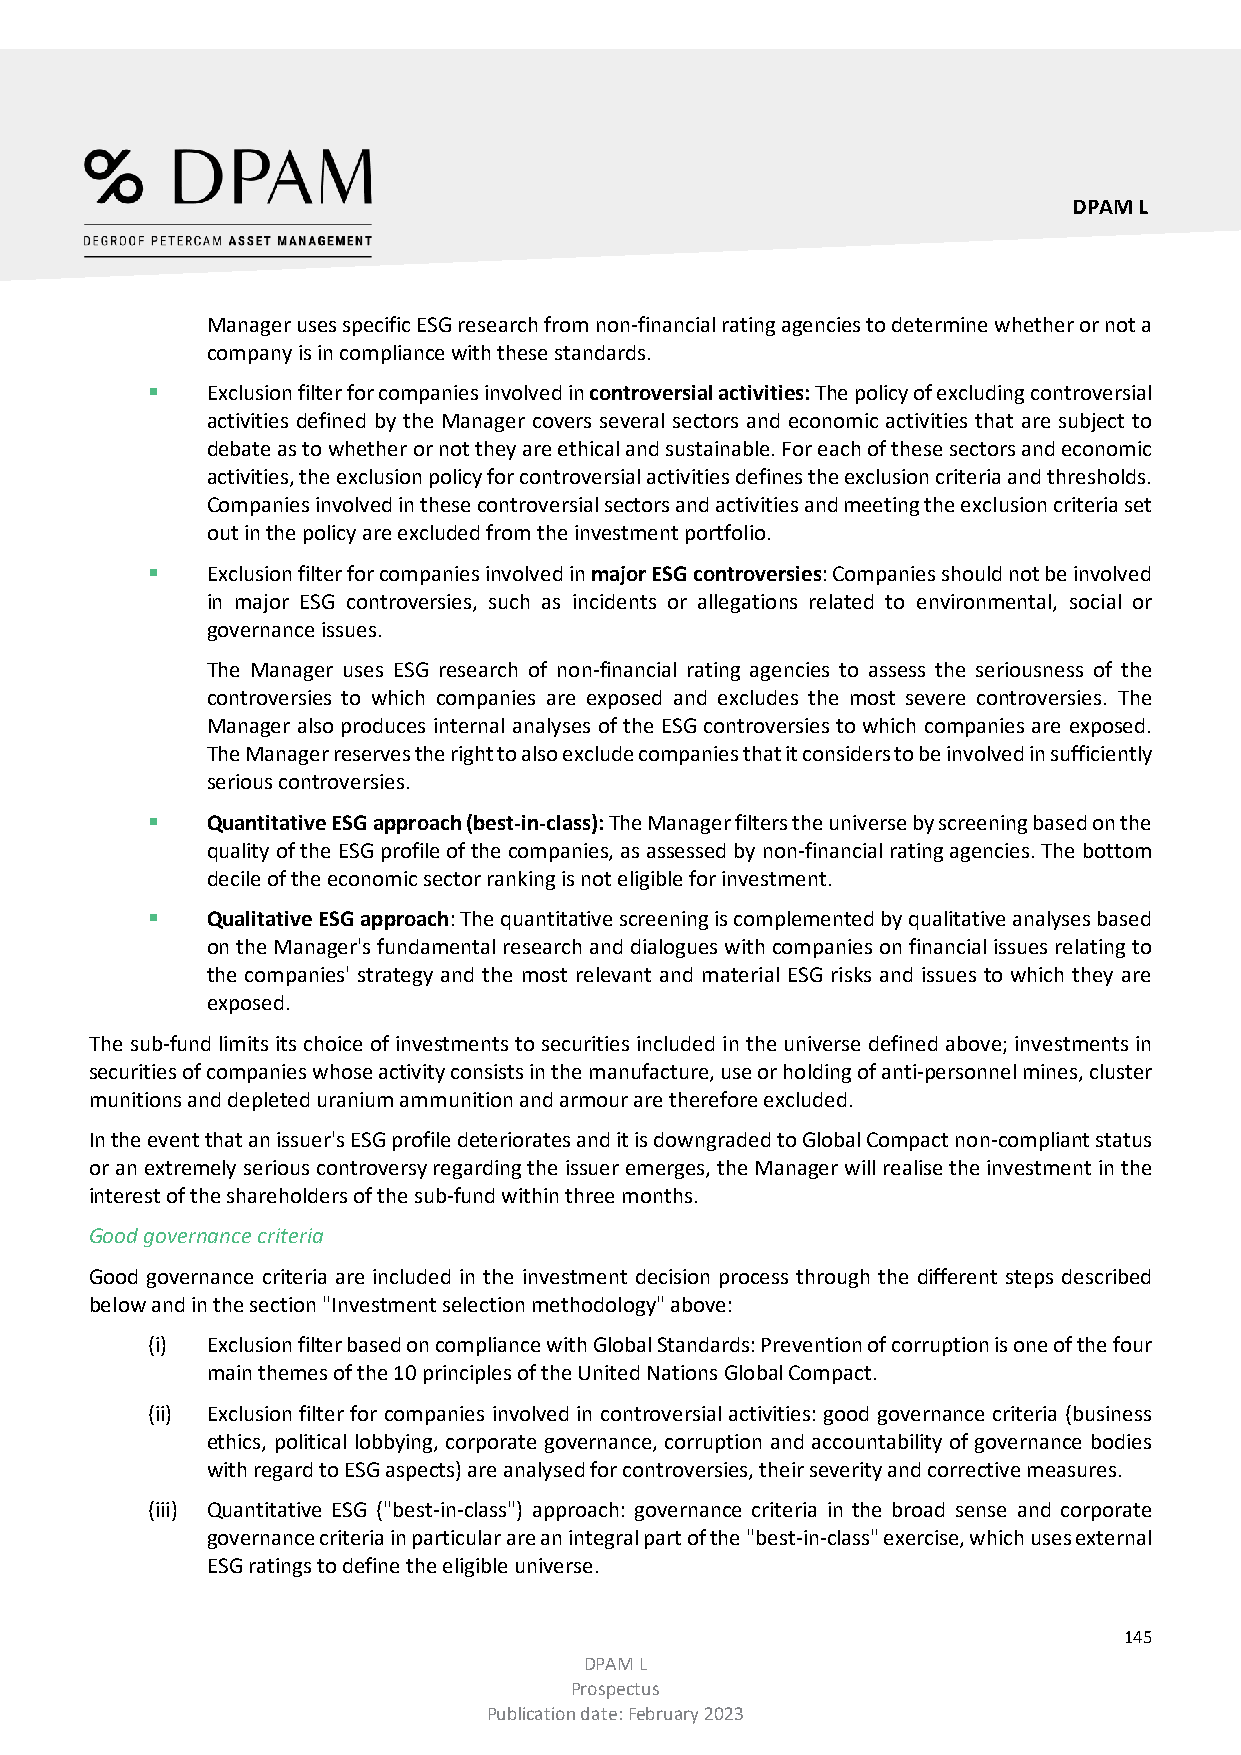
DPAM L
 Manager uses specific ESG research from non-financial rating agencies to determine whether or not a
 company is in compliance with these standards.
    Exclusion filter for companies involved in controversial activities: The policy of excluding controversial
 activities defined by the Manager covers several sectors and economic activities that are subject to
 debate as to whether or not they are ethical and sustainable. For each of these sectors and economic
 activities, the exclusion policy for controversial activities defines the exclusion criteria and thresholds.
 Companies involved in these controversial sectors and activities and meeting the exclusion criteria set
 out in the policy are excluded from the investment portfolio.
    Exclusion filter for companies involved in major ESG controversies: Companies should not be involved
 in major ESG controversies, such as incidents or allegations related to environmental, social or
 governance issues.
 The Manager uses ESG research of non-financial rating agencies to assess the seriousness of the
 controversies to which companies are exposed and excludes the most severe controversies. The
 Manager also produces internal analyses of the ESG controversies to which companies are exposed.
 The Manager reserves the right to also exclude companies that it considers to be involved in sufficiently
 serious controversies.
    Quantitative ESG approach (best-in-class): The Manager filters the universe by screening based on the
 quality of the ESG profile of the companies, as assessed by non-financial rating agencies. The bottom
 decile of the economic sector ranking is not eligible for investment.
    Qualitative ESG approach: The quantitative screening is complemented by qualitative analyses based
 on the Manager's fundamental research and dialogues with companies on financial issues relating to
 the companies' strategy and the most relevant and material ESG risks and issues to which they are
 exposed.
 The sub-fund limits its choice of investments to securities included in the universe defined above; investments in
 securities of companies whose activity consists in the manufacture, use or holding of anti-personnel mines, cluster
 munitions and depleted uranium ammunition and armour are therefore excluded.
 In the event that an issuer's ESG profile deteriorates and it is downgraded to Global Compact non-compliant status
 or an extremely serious controversy regarding the issuer emerges, the Manager will realise the investment in the
 interest of the shareholders of the sub-fund within three months.
 Good governance criteria
 Good governance criteria are included in the investment decision process through the different steps described
 below and in the section "Investment selection methodology" above:
 (i) Exclusion filter based on compliance with Global Standards: Prevention of corruption is one of the four
 main themes of the 10 principles of the United Nations Global Compact.
 (ii) Exclusion filter for companies involved in controversial activities: good governance criteria (business
 ethics, political lobbying, corporate governance, corruption and accountability of governance bodies
 with regard to ESG aspects) are analysed for controversies, their severity and corrective measures.
 (iii) Quantitative ESG ("best-in-class") approach: governance criteria in the broad sense and corporate
 governance criteria in particular are an integral part of the "best-in-class" exercise, which uses external
 ESG ratings to define the eligible universe.
 145
 DPAM L
 Prospectus
 Publication date: February 2023